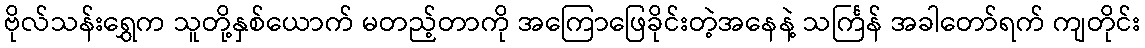
ဗိုလ်သန်းရွှေက သူတို့နှစ်ယောက် မတည့်တာကို အကြောဖြေခိုင်းတဲ့အနေနဲ့ သင်္ကြန် အခါတော်ရက် ကျတိုင်း